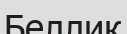
Беллик